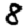
Digit: 8